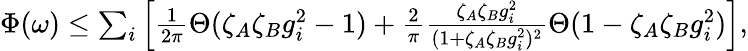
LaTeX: \begin{array}{r}{\Phi(\omega)\leq\sum_{i}\left[\frac{1}{2\pi}\Theta(\zeta_{A}\zeta_{B}g_{i}^{2}-1)+\frac{2}{\pi}\frac{\zeta_{A}\zeta_{B}g_{i}^{2}}{(1+\zeta_{A}\zeta_{B}g_{i}^{2})^{2}}\Theta(1-\zeta_{A}\zeta_{B}g_{i}^{2})\right],}\end{array}